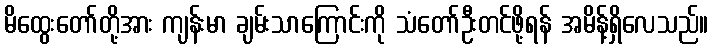
မိထွေးတော်တို့အား ကျန်းမာ ချမ်းသာကြောင်းကို သံတော်ဦးတင်ဖို့ရန် အမိန့်ရှိလေသည်။